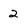
Character: 2